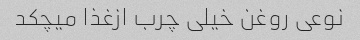
نوعی روغن خیلی چرب ازغذا میچکد